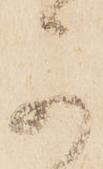
可